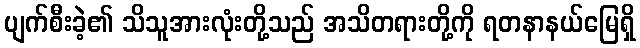
ပျက်စီးခဲ့၏ သိသူအားလုံးတို့သည် အသိတရားတို့ကို ရတနာနယ်မြေရှိ